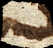
pondus